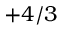
+ 4 / 3